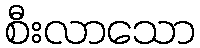
စီးလာသော